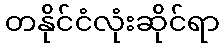
တနိုင်ငံလုံးဆိုင်ရာ